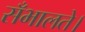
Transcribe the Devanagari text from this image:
सँभालते।